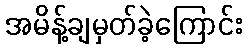
အမိန့်ချမှတ်ခဲ့ကြောင်း